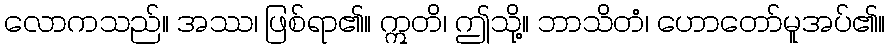
လောကသည်။ အဿ၊ ဖြစ်ရာ၏။ ဣတိ၊ ဤသို့။ ဘာသိတံ၊ ဟောတော်မူအပ်၏။